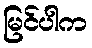
မြင်ပါက